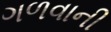
ગળવાની